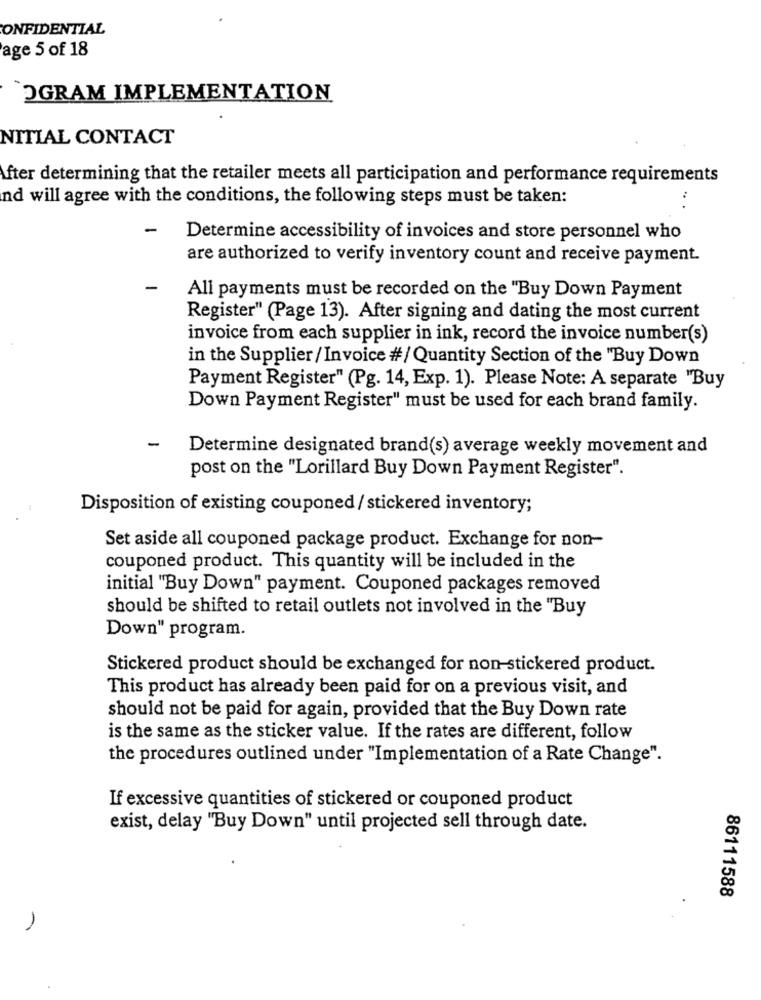
CONFIDENTIAL
age 5 of 18
OGRAM IMPLEMENTATION
NITIAL CONTACT
After determining that the retailer meets all participation and performance requirements
nd will agree with the conditions, the following steps must be taken:
-
Determine accessibility of invoices and store personnel who
are authorized to verify inventory count and receive payment.
All payments must be recorded on the "Buy Down Payment
Register" (Page 13). After signing and dating the most current
invoice from each supplier in ink, record the invoice number(s)
in the Supplier /Invoice #/ Quantity Section of the "Buy Down
Payment Register" (Pg. 14, Exp. 1). Please Note: A separate "Buy
Down Payment Register" must be used for each brand family.
-
Determine designated brand(s) average weekly movement and
post on the "Lorillard Buy Down Payment Register".
Disposition of existing couponed/ stickered inventory;
Set aside all couponed package product. Exchange for non-
couponed product. This quantity will be included in the
initial "Buy Down" payment. Couponed packages removed
should be shifted to retail outlets not involved in the "Buy
Down" program.
Stickered product should be exchanged for non-stickered product.
This product has already been paid for on a previous visit, and
should not be paid for again, provided that the Buy Down rate
is the same as the sticker value. If the rates are different, follow
the procedures outlined under "Implementation of a Rate Change".
If excessive quantities of stickered or couponed product
exist, delay "Buy Down" until projected sell through date.
86111588
-